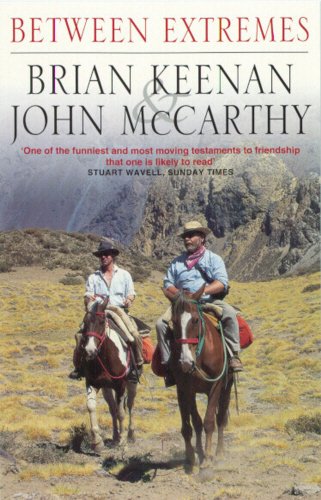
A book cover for Between Extremes; Brian Keenan; Travel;